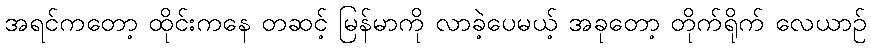
အရင်ကတော့ ထိုင်းကနေ တဆင့် မြန်မာကို လာခဲ့ပေမယ့် အခုတော့ တိုက်ရိုက် လေယာဉ်